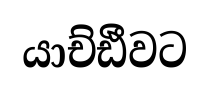
යාච්ඪීවට